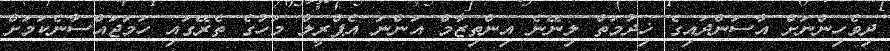
ދިވެހިންނަށް އާސަންދައިގެ ޚިދުމަތް ލިނޭނެ އިންތިޒާމް އަންނަ އެޕްރީލް މަހުގެ ތެރޭގައި ހަމަޖައްސާނެކަމަށް